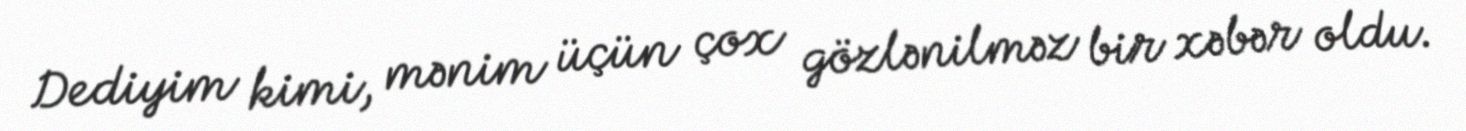
Dediyim kimi, mənim üçün çox gözlənilməz bir xəbər oldu.